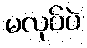
မလုပ်ပဲ